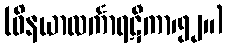
(ဝိနယာလင်္ကာရဋီကာ၊၅၂။)